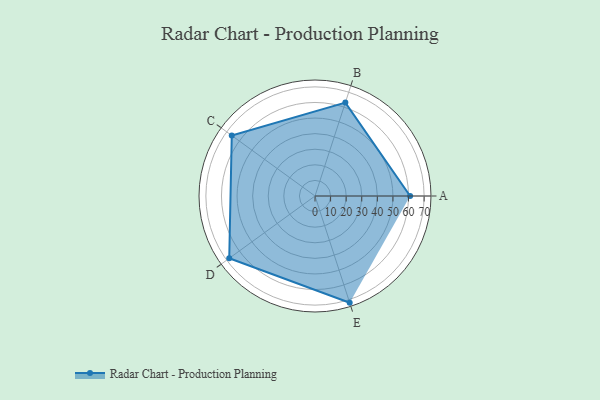
{"axis": {"x": "Skill", "y": "Score"}, "legend": ["Profile"], "data": [{"x": "A", "y": 61.0, "type": "Profile"}, {"x": "B", "y": 63.0, "type": "Profile"}, {"x": "C", "y": 66.0, "type": "Profile"}, {"x": "D", "y": 68.0, "type": "Profile"}, {"x": "E", "y": 72.0, "type": "Profile"}]}